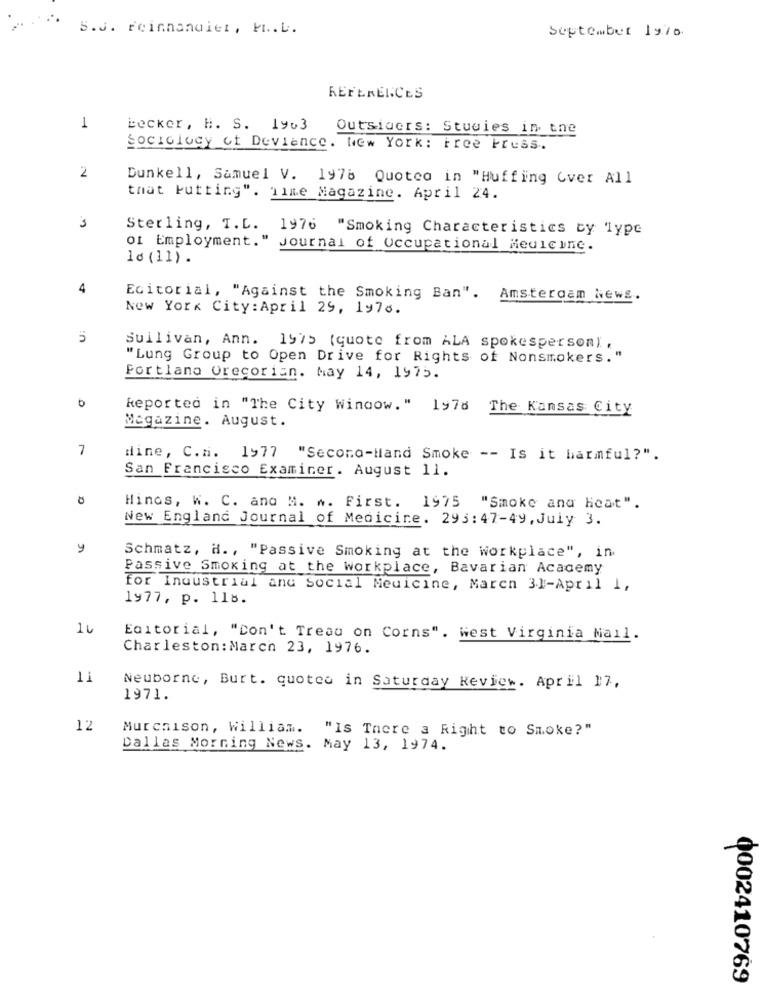
S.J. reinnandiet, M.L.
September 19ro
REFERENCES
1
becker, H. S. 1963 Outsiders: Studies in the
Sociology of Deviance. New York: Free Press.
2
Dunkell, Samuel V. 1976 Quoted in "Huffing Over All
that Putting". Time Magazine. April 24.
Sterling, T. D. 1976 "Smoking Characteristics ty 1ype
of Employment." Journal of Occupational Medicine.
10 (11) .
4
Editorial, "Against the Smoking Ban". Amsterdam News.
New York City : April 29, 1976.
5
Sullivan, Ann. 1975 (quote from ALA spokesperson).
"Lung Group to Open Drive for Rights of Nonsmokers."
Portland Orecorian. May 14, 1975.
Reported in "The City Window." 1978 The Kansas City
Magazine. August.
7
dine, C.a. 1977 "Second-Hand Smoke -- Is it harmful?".
San Francisco Examiner. August 11.
Hinos, W. C. and M. w. First. 1975 "Smoke and Heat".
New England Journal of Medicine. 293:47-49, July 3.
y
Schmatz, H ., "Passive Smoking at the workplace", in
Passive Smoking at the workplace, Bavarian Academy
for Industrial and Social Medicine, Maren 3]-April 1,
1977, p. 118.
16
Editorial, "Con't Treau on Corns". West Virginia Nail.
Charleston: March 23, 1976.
11
Neuborne, Burt. quotee in Saturday Review. April 17,
1971.
12
Murchison, William. "Is There a Right to Smoke?"
Dallas Morning News. May 13, 1974.
0002410769